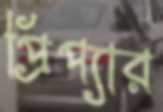
প্রিপ্যার